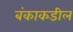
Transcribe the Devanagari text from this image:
बंकाकडील